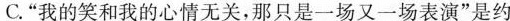
C."我的笑和我的心情无关，那只是一场又一场表演"是约